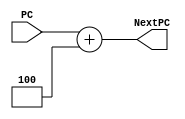
`timescale 1ns / 1ps
//////////////////////////////////////////////////////////////////////////////////
// Company: 
// Engineer: 
// 
// Design Name: 
// Module Name: BranchPredictor
// Project Name: 
// Target Devices: 
// Tool Versions: 
// Description: 
// 
// Dependencies: 
// 
// Revision:
// Revision 0.01 - File Created
// Additional Comments:
// 
//////////////////////////////////////////////////////////////////////////////////


module BranchPredictor(PC, NextPC);
    input [32:0] PC;
    
    output reg [32:0] NextPC;
    
    always @(PC) begin
        NextPC <= PC + 4;
    end
endmodule